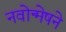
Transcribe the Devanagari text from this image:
नवोन्मेषने